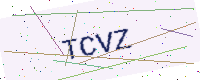
Text: TCVZ